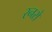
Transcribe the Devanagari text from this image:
रनरो